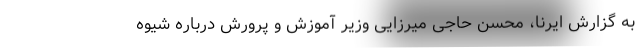
به گزارش ایرنا، محسن حاجی میرزایی وزیر آموزش و پرورش درباره شیوه